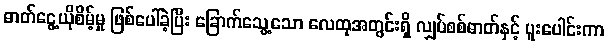
ဓာတ်ငွေ့ယိုစိမ့်မှု ဖြစ်ပေါ်ခဲ့ပြီး ခြောက်သွေ့သော လေထုအတွင်းရှိ လျှပ်စစ်ဓာတ်နှင့် ပူးပေါင်းကာ